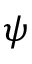
\boldsymbol { \psi }